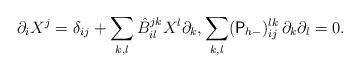
LaTeX: \begin{align*} \partial_i X^j = \delta_{ij} + \sum_{k,l} \hat{B}^{jk}_{il} X^l \partial_k, \sum_{k,l} ({\sf P}_{h-})^{lk}_{ij} \,\partial_k \partial_l = 0.\end{align*}